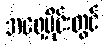
အရှေ့ပိုင်းတွင်